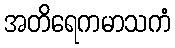
အတိရေကမာသကံ